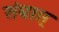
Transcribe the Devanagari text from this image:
संघास्